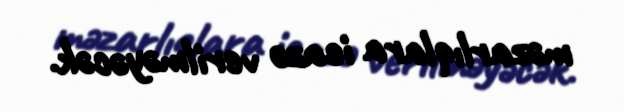
məzarlıqlara icazə verilməyəcək.